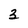
Character: 2